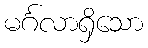
မင်္ဂလာရှိသော